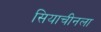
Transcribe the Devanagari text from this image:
सियाचीनला